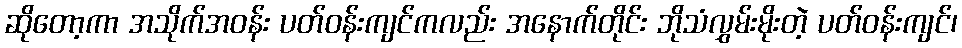
ဆိုတော့ကာ အသိုက်အဝန်း ပတ်ဝန်းကျင်ကလည်း အနောက်တိုင်း ဘိုသံလွှမ်းမိုးတဲ့ ပတ်ဝန်းကျင်၊